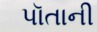
પૉતાની